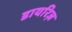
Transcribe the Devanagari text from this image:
डायरिज़